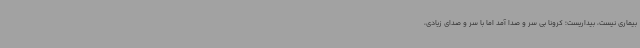
بیماری نیست، بیداریست؛ کرونا بی سر و صدا آمد اما با سر و صدای زیادی،